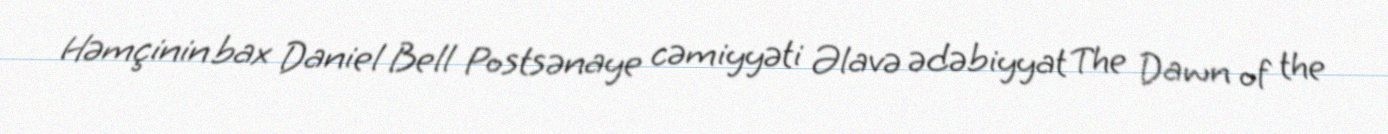
Həmçinin bax Daniel Bell Postsənaye cəmiyyəti Əlavə ədəbiyyat The Dawn of the